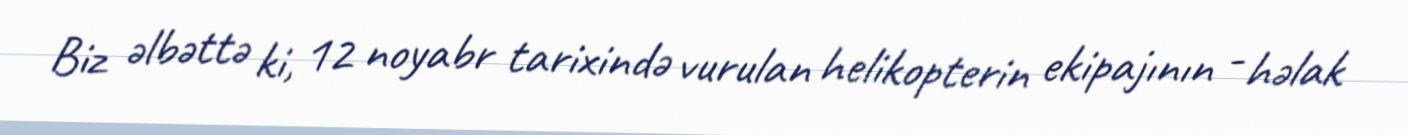
Biz əlbəttə ki, 12 noyabr tarixində vurulan helikopterin ekipajının - həlak